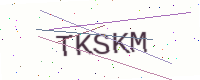
Text: TKSKM